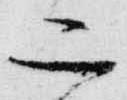
二